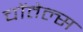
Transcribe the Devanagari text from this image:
चोंतेल्स